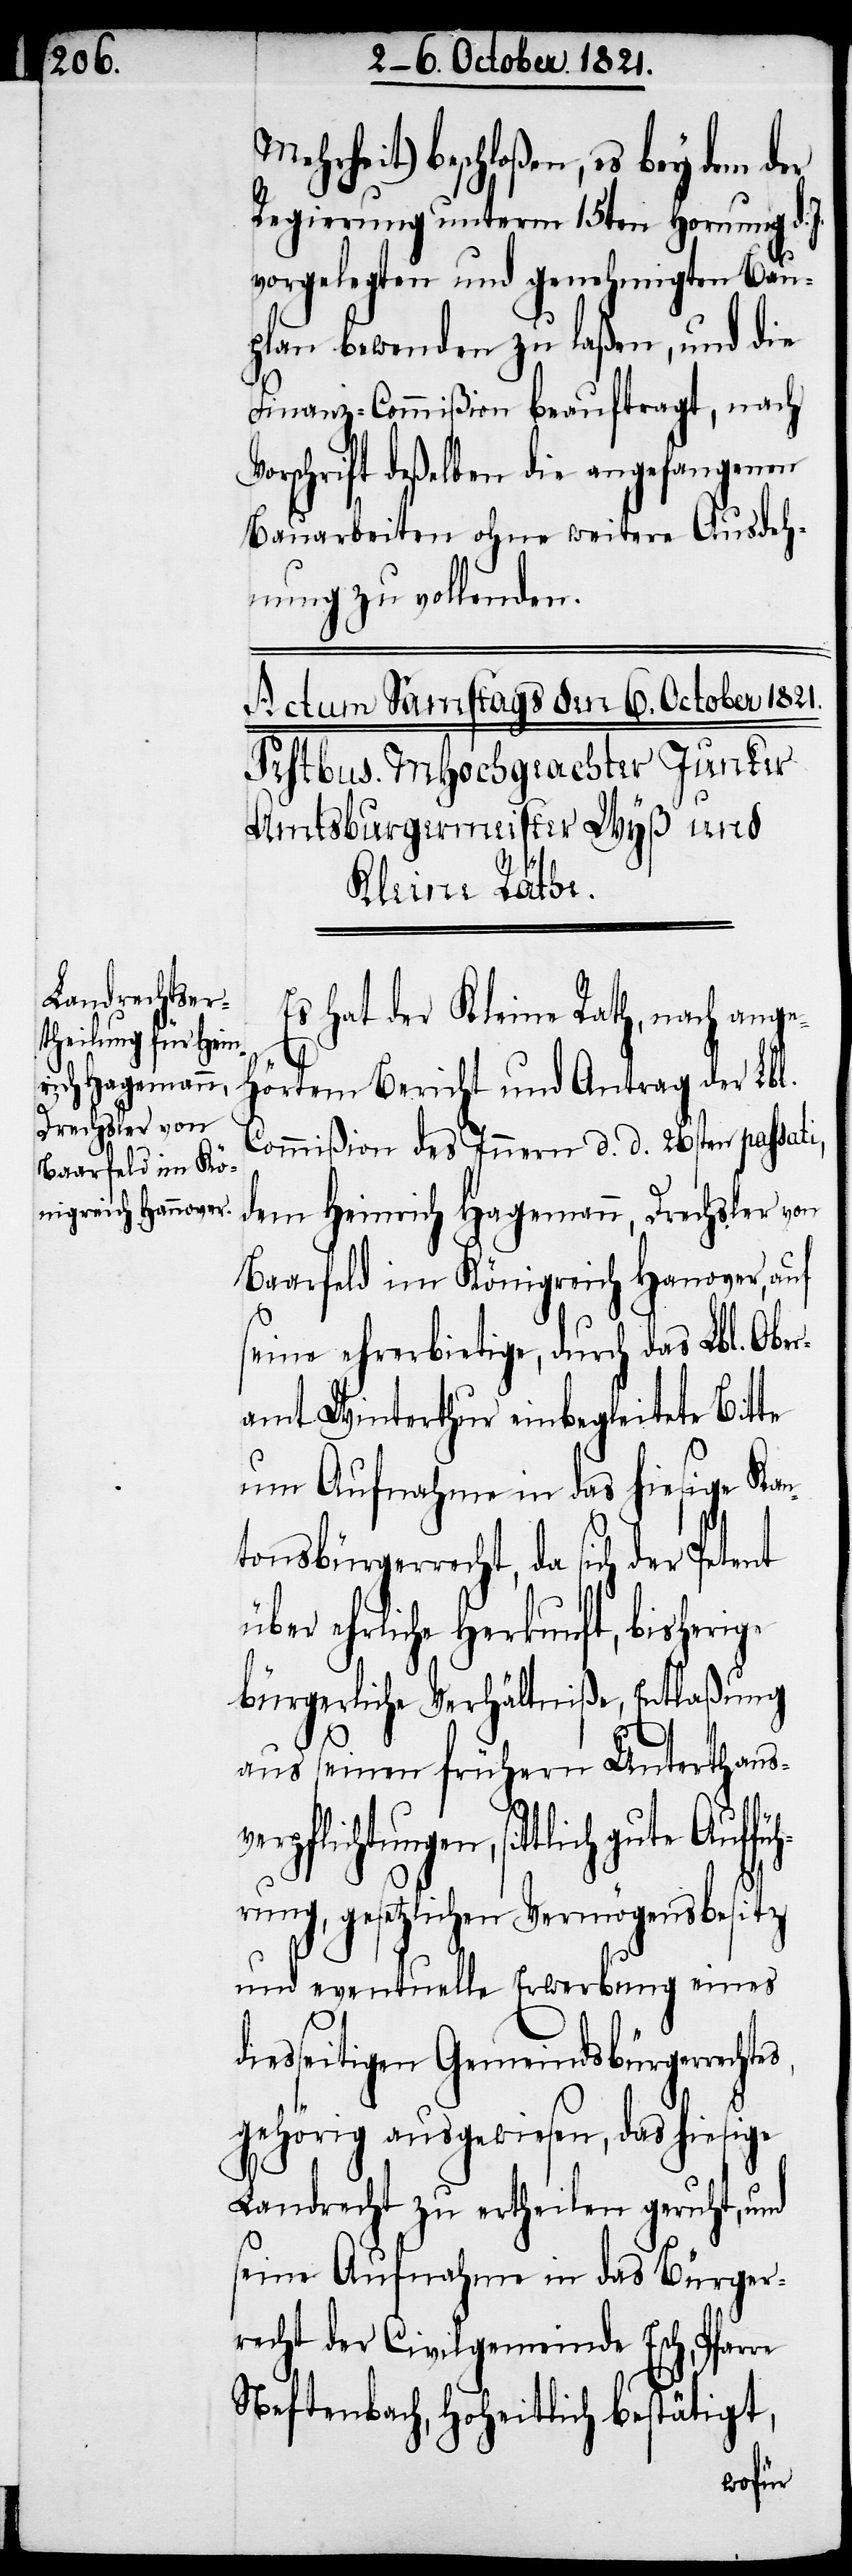
Mehrheit) beschloßen, es bey dem der
Regierung unterm 15ten Hornung d. J.
vorgelegten und genehmigten Bau¬
plan bewenden zu laßen, und die
Finanz-Commißion beauftragt, nach
schrift deßelben die angefangenen
Bauarbeiten ohne weitere Ausdeh¬
nung zu vollenden.
Es hat der Kleine Rath, nach ange¬
hörtem Bericht und Antrag der Lbl.
Commißion des Innern d. d. 26sten passati,
dem Heinrich Hagemann, Drechsler von
Baarfeld im Königreich Hannover, auf
seine ehrerbietige, durch das Lbl. Ober¬
amt Winterthur einbegleitete Bitte
um Aufnahme in das hiesige Kan¬
tonsbürgerrecht, da sich der
ehrliche Herkunft, bisherige
bürgerliche Verhältniße, Entlaßung
aus seiner frühern Unterthansv¬
erpflichtung, sittlich gute Au¬
rung, gesetzlichen Vermögensbesitz
und eventuelle Erwerbung eines
seitigen Gemeindsbürgerre¬
gehörig ausgewiesen, daß hiesige
Landrecht zu ertheilen geruht, und
seine Aufnahme in das Bürger¬
recht der Civilgemeinde Esch, Pfarre
Neftenbach, hoheitlich bestätigt,
chtes,